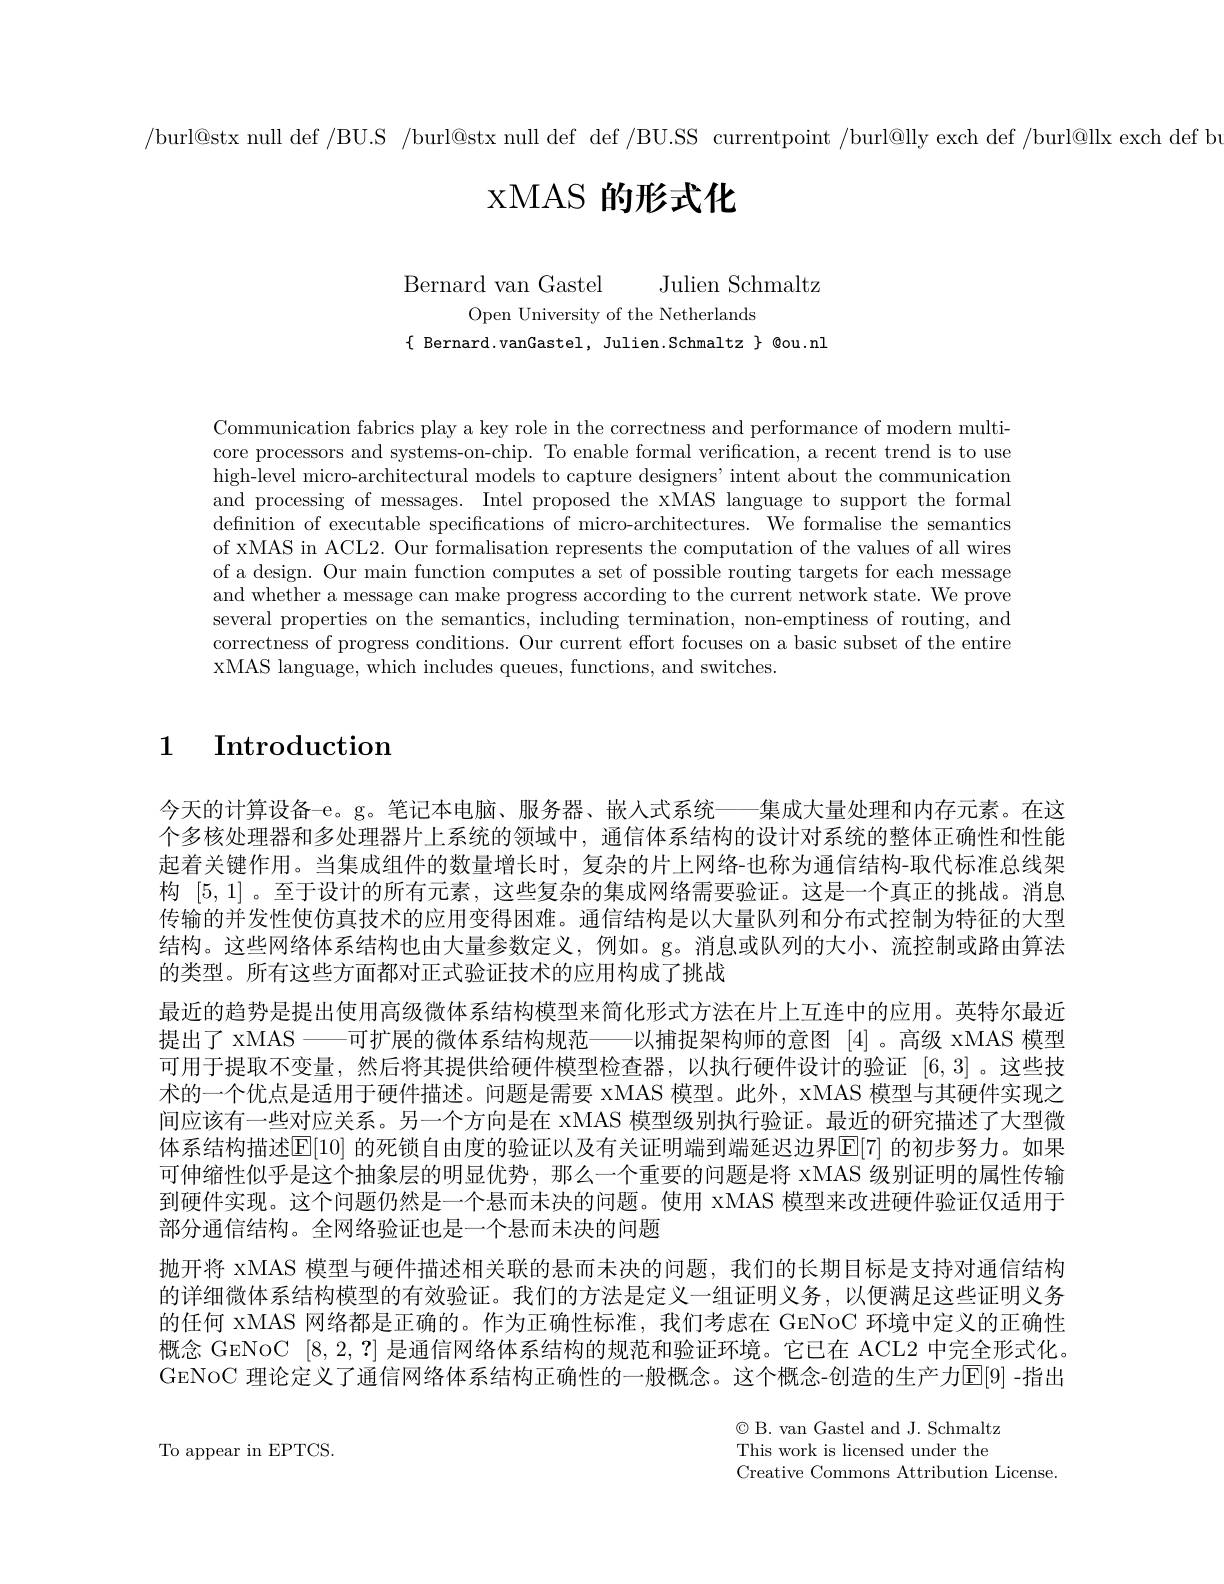
/burl@stx null def /BU.S /burl@stx null def def /BU.SS currentpoint /burl@lly exch def /burl@llx exch def b

# xMAS 的形式化

Bernard van Gastel Julien Schmaltz
Open University of the Netherlands
$\{$Bernard.vanGastel,Julien.Schmaltz$\}$@ou.nl

Communication fabrics play a key role in the correctness and performance of modern multicore processors and systems-on-chip. To enable formal verification, a recent trend is to use high-level micro-architectural models to capture designers' intent about the communication and processing of messages. Intel proposed the xMAS language to support the formal defnition of executable specifications of micro-architectures. We formalise the semantics of xMAS in ACL2. Our formalisation represents the computation of the values of all wires of a design. Our main function computes a set of possible routing targets for each message and whether a message can make progress according to the current network state. We prove several properties on the semantics, including termination, non-emptiness of routing, and correctness of progress conditions. Our current effort focuses on a basic subset of the entire xMAS language, which includes queues, functions, and switches.

# 1 $\textbf{Introduction}$

今天的计算设备-e。g。笔记本电脑、服务器、嵌人式系统——集成大量处理和内存元素。在这个多核处理器和多处理器片上系统的领域中，通信体系结构的设计对系统的整体正确性和性能起着关键作用。当集成组件的数量增长时，复杂的片上网络-也称为通信结构-取代标准总线架构[5,1] 。至于设计的所有元素，这些复杂的集成网络需要验证。这是一个真正的挑战。消息传输的并发性使仿真技术的应用变得困难。通信结构是以大量队列和分布式控制为特征的大型结构。这些网络体系结构也由大量参数定义，例如。g。消息或队列的大小、流控制或路由算法的类型。所有这些方面都对正式验证技术的应用构成了挑战
最近的趋势是提出使用高级微体系结构模型来简化形式方法在片上互连中的应用。英特尔最近提出了 xMAS——可扩展的微体系结构规范——以捕捉架构师的意图[4]。高级 xMAS 模型可用于提取不变量，然后将其提供给硬件模型检查器，以执行硬件设计的验证[6,3] 。这些技术的一个优点是适用于硬件描述。问题是需要 xMAS 模型。此外，xMAS 模型与其硬件实现之间应该有一些对应关系。另一个方向是在 xMAS 模型级别执行验证。最近的研究描述了大型微体系结构描述$\mathbb{E}[10]$ 的死锁自由度的验证以及有关证明端到端延迟边界$\mathbb{E}[7]$ 的初步努力。如果可伸缩性似乎是这个抽象层的明显优势，那么一个重要的问题是将 xMAS 级别证明的属性传输到硬件实现。这个问题仍然是一个悬而未决的问题。使用 xMAS 模型来改进硬件验证仅适用于部分通信结构。全网络验证也是一个悬而未决的问题
抛开将 xMAS 模型与硬件描述相关联的悬而未决的问题，我们的长期目标是支持对通信结构的详细微体系结构模型的有效验证。我们的方法是定义一组证明义务，以便满足这些证明义务的任何 xMAS 网络都是正确的。作为正确性标准，我们考虑在 GENoC 环境中定义的正确性概念 GENoC [8,2,?]是通信网络体系结构的规范和验证环境。它已在 ACL2 中完全形式化。GeNoC 理论定义了通信网络体系结构正确性的一般概念。这个概念-创造的生产力$\overline{\mathrm{E}}[9]$ -指出

To appear in EPTCS.

$\textcircled{\mathrm{C}}$B. van Gastel and J. Schmaltz This work is licensed under the Creative Commons Attribution License.